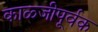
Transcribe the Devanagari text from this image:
काळ्जीपूर्वक